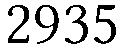
2935